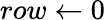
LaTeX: row\gets 0